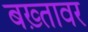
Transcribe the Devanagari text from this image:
बख़्तावर